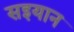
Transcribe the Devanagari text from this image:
सइयान